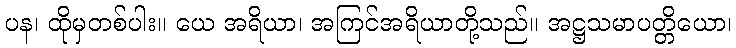
ပန၊ ထိုမှတစ်ပါး။ ယေ အရိယာ၊ အကြင်အရိယာတို့သည်။ အဋ္ဌသမာပတ္တိယော၊